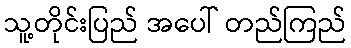
သူ့တိုင်းပြည် အပေါ် တည်ကြည်